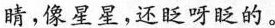
睛，像星星，还眨呀眨的。